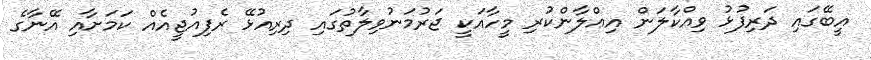
އީބޭގައި ދަރިފުޅު ވިއްކާލަން އިޢްލާންކުރި މީހާއަކީ ޖަރުމަނުވިލާތުގައި ދިރިއުޅޭ ރެފިއުޖީއެއް ކަމަށާއި އޭނާގެ